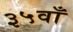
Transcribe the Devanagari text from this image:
३५वाँ